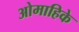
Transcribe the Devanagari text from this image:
ओमाहिके